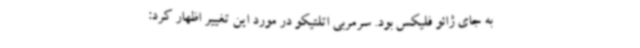
به جای ژائو فلیکس بود. سرمربی اتلتیکو در مورد این تغییر اظهار کرد: